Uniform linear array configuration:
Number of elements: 64
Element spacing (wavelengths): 0.25
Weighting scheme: kaiser
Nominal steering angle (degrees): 15
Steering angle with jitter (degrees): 13.617
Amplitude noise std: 0.05
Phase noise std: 0.05

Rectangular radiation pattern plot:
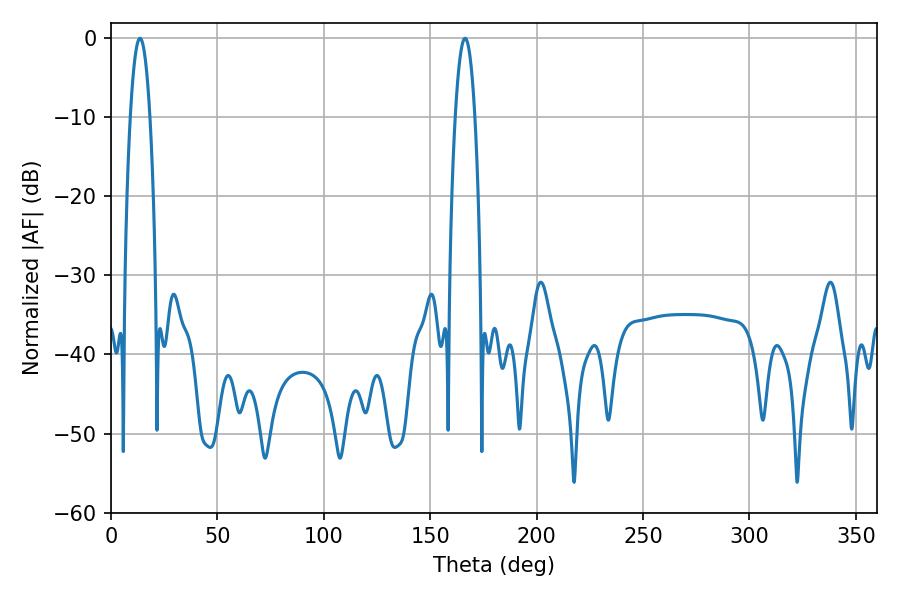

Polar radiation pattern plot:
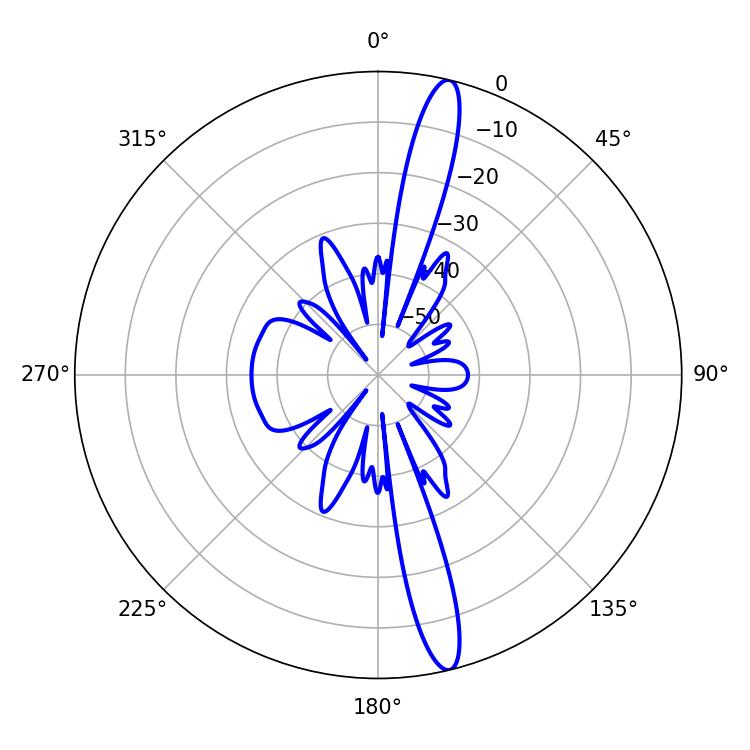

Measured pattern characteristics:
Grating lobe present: FALSE
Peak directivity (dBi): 16.485
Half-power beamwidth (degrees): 5.04
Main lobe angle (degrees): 13.68